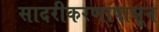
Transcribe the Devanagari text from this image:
सादरीकरणापासून